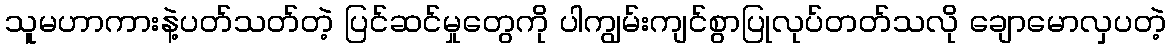
သူမဟာကားနဲ့ပတ်သတ်တဲ့ ပြင်ဆင်မှုတွေကို ပါကျွမ်းကျင်စွာပြုလုပ်တတ်သလို ချောမောလှပတဲ့